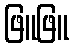
ဖြူဖြူ